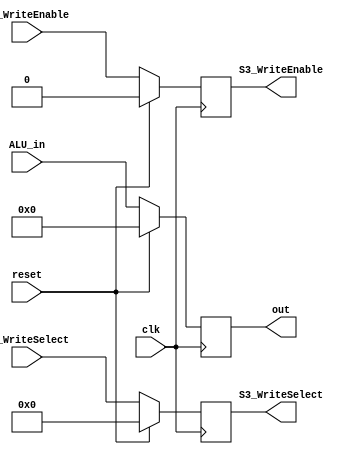
`timescale 1ns / 1ps
//////////////////////////////////////////////////////////////////////////////////
// Company: 
// Engineer: 
// 
// Design Name: 
// Module Name:    stage3 
// Project Name: 
// Target Devices: 
// Tool versions: 
// Description: 
//
// Dependencies: 
//
// Revision: 
// Revision 0.01 - File Created
// Additional Comments: 
//
//////////////////////////////////////////////////////////////////////////////////
module stage3(out, S3_WriteSelect, S3_WriteEnable,S2_WriteEnable, S2_WriteSelect, ALU_in,clk, reset);
input [31:0]ALU_in;
input [4:0] S2_WriteSelect;
input reset, clk, S2_WriteEnable;

output reg[31:0] out;
output reg[4:0] S3_WriteSelect;
output reg S3_WriteEnable;

always @(posedge clk)
begin
	if(reset) // if reset set values to 0
		begin
		S3_WriteSelect <= 5'b0;
		S3_WriteEnable <= 1'b0;
		out <= 32'b0;
		end
	else
		begin // set output of stage 3 to output of stage 2.
		S3_WriteSelect <= S2_WriteSelect;
		S3_WriteEnable <= S2_WriteEnable;
		out <= ALU_in;
		end
end

endmodule